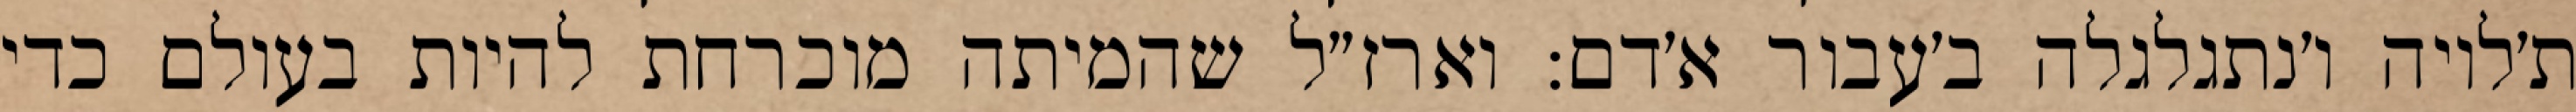
ת׳לויה ו׳נתגלגלה ב׳עבור א׳דם: וארז״ל שהמיתה מוכרחת להיות בעולם כדי